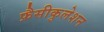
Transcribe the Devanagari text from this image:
फ़ैसीकुलेशन